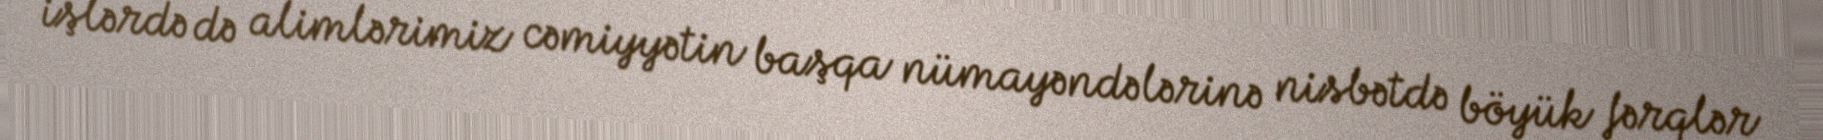
işlərdə də alimlərimiz cəmiyyətin başqa nümayəndələrinə nisbətdə böyük fərqlər